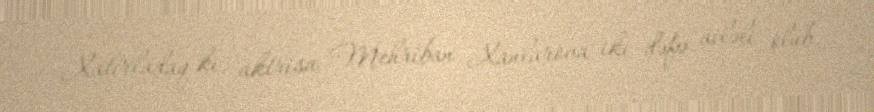
Xatırladaq ki, aktrisa Mehriban Xanlarova iki dəfə ailəli olub.